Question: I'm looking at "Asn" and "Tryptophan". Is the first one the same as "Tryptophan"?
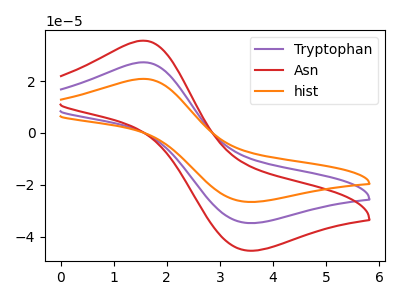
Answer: <think>The purple curve "Tryptophan" has an anodic peak at (1.55V, 27.25uA) and a cathodic peak at (3.50V, -34.75uA). The red curve "Asn" has an anodic peak at (1.55V, 35.60uA) and a cathodic peak at (3.50V, -45.40uA). The orange curve "hist" has an anodic peak at (1.55V, 54.50uA) and a cathodic peak at (3.50V, -69.50uA).
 All the peaks in "Asn" have a peak in "Tryptophan" at the same potential. Every peak in "Asn" is higher than every peak in "Tryptophan".</think>
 <answer>"Asn" and "Tryptophan" are similar in shape.</answer>
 <eval>same_shape</eval>